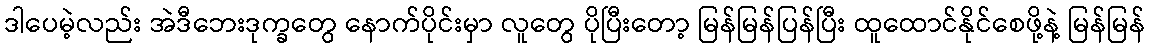
ဒါပေမဲ့လည်း အဲဒီဘေးဒုက္ခတွေ နောက်ပိုင်းမှာ လူတွေ ပိုပြီးတော့ မြန်မြန်ပြန်ပြီး ထူထောင်နိုင်စေဖို့နဲ့ မြန်မြန်